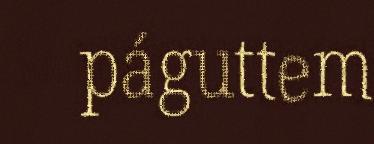
páguttem